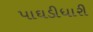
પાઘડીધારી